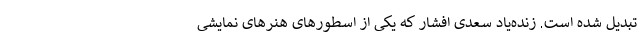
تبدیل شده است. زنده‌یاد سعدی افشار که یکی از اسطورهای هنرهای نمایشی